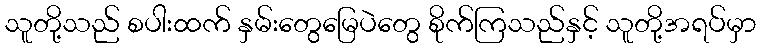
သူတို့သည် စပါးထက် နှမ်းတွေမြေပဲတွေ စိုက်ကြသည်နှင့် သူတို့အရပ်မှာ